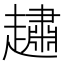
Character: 𧽷